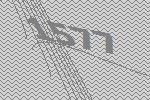
1577